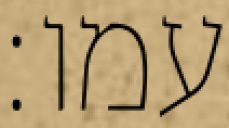
עמו׃